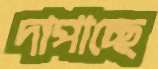
দাপাচ্ছে